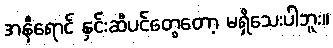
အနီရောင် နှင်းဆီပင်တွေတော့ မရှိသေးပါဘူး။